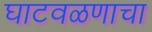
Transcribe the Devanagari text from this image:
घाटवळणाचा